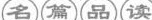
名篇品读